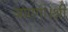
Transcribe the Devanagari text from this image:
जाएगा।श्री